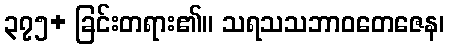
၃၇၅+ ခြင်းတရား၏။ သရသသဘာဝတေဇေန၊